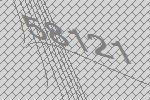
58121